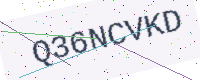
Text: Q36NCVKD